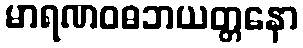
မာရဏဝဓဘယတ္တနော